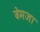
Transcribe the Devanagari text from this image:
बेमजा